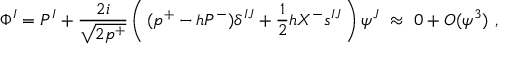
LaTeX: \Phi ^ { I } = P ^ { I } + \frac { 2 i } { \sqrt { 2 p ^ { + } } } \left( \, ( p ^ { + } - h P ^ { - } ) \delta ^ { I J } + \frac { 1 } { 2 } h X ^ { - } s ^ { I J } \, \right) \psi ^ { J } ~ \approx ~ 0 + { \cal O } ( \psi ^ { 3 } ) ~ ,